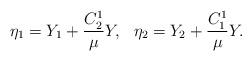
LaTeX: \begin{align*}\eta_1=Y_1+\frac{C_2^1}{\mu}Y,~~\eta_2=Y_2+\frac{C^1_1}{\mu}Y.\end{align*}